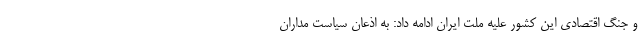
و جنگ اقتصادی این کشور علیه ملت ایران ادامه داد: به اذعان سیاست مداران